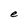
Character: e